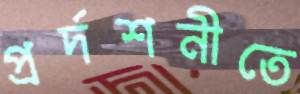
প্রর্দশনীতে